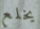
يخلع